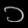
Digit: ၁